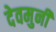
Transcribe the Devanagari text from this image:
देवमुनी